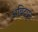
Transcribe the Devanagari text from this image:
अबिदपुर